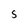
Character: S